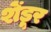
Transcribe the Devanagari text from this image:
शेंडूर